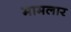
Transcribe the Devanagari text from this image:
मामलार